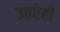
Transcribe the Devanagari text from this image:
उत्तरेही